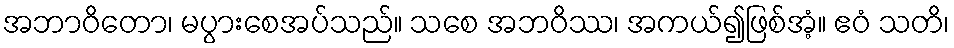
အဘာဝိတော၊ မပွားစေအပ်သည်။ သစေ အဘဝိဿ၊ အကယ်၍ဖြစ်အံ့။ ဧဝံ သတိ၊